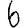
Digit: 6